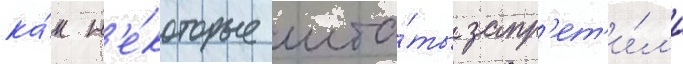
ка́к н'е́которые шта́ты запр'ет'и́л'и